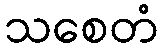
သစေတံ